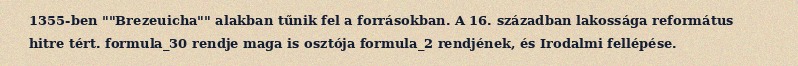
1355-ben ""Brezeuicha"" alakban tűnik fel a forrásokban. A 16. században lakossága református hitre tért. formula_30 rendje maga is osztója formula_2 rendjének, és Irodalmi fellépése.